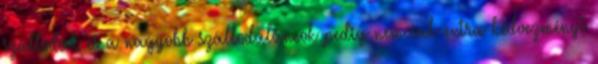
szállodák és a nagyobb szállodaláncok pedig nemcsak extra kedvezményt